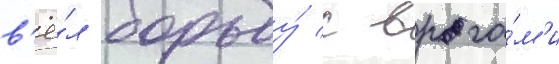
в'ё́л борьбу́ с врага́м'и